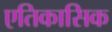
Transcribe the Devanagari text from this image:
एतिकासिक